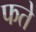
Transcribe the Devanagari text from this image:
फते